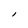
Character: l